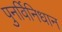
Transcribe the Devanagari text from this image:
पुनर्विनिधान